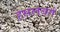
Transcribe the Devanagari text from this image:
हेसलबर्ग